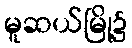
မူဆယ်မြို့၌